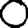
Digit: 0